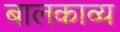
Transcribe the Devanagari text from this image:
बालकाव्य